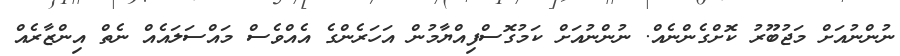
ނުންނުއަށް މަޖުބޫރު ކޮށްގެންނެއް. ނުންނުއަށް ކަމުގޮސްފިއްޔާމުން އަހަރެންގެ އެއްވެސް މައްސަލައެއް ނެތް އިންޒާރެއް